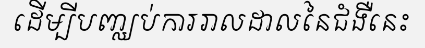
ដើម្បីបញ្ឈប់ការរាលដាលនៃជំងឺនេះ